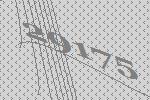
29175